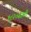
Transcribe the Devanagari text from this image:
१८२०साली